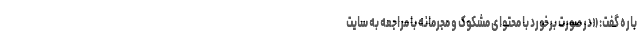
باره گفت: «در صورت برخورد با محتوای مشکوک و مجرمانه با مراجعه به سایت